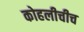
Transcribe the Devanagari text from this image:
कोहलीचीच